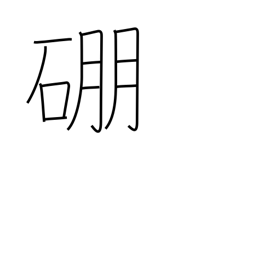
Meaning: boron